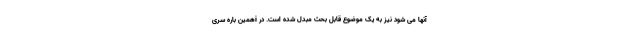
آنها می شود نیز به یک موضوع قابل بحث مبدل شده است. در iهمین باره سری